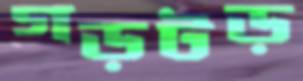
গড়টড়